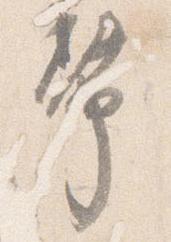
幣